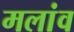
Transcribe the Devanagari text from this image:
मलांव